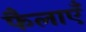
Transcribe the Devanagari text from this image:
फैलाएँ